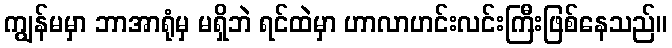
ကျွန်မမှာ ဘာအာရုံမှ မရှိဘဲ ရင်ထဲမှာ ဟာလာဟင်းလင်းကြီးဖြစ်နေသည်။